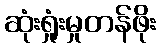
ဆုံးရှုံးမှုတန်ဖိုး